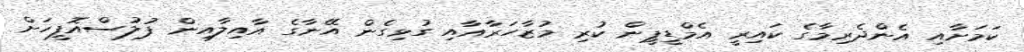
ކަމަށާއި އެންދެރިމާގެ ކައިރީ އެމްޑީޕީން ކުރި މުޒާހަރާއާއި ގުޅިގެން އޭނާގެ އާއިލާއިން ފުލުސްއޮފީހަށް